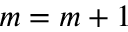
m = m + 1